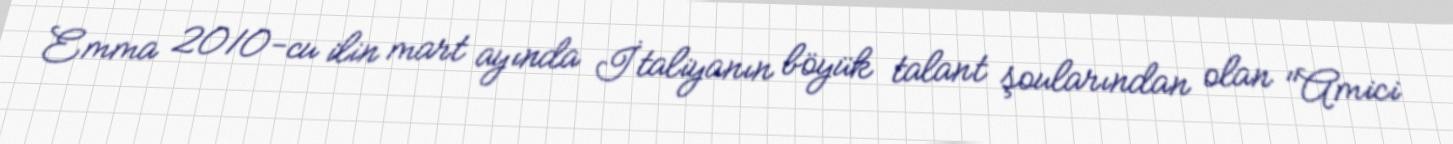
Emma 2010-cu ilin mart ayında İtaliyanın böyük talant şoularından olan "Amici